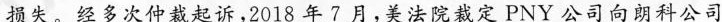
搞失---经多次仲裁起诉-2018年美法院裁定司科公司